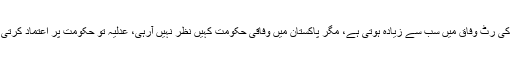
جسٹس عظمت سعید نے اپنے ریمارکس میں کہا کہ ریاست کی رٹ وفاق میں سب سے زیادہ ہوتی ہے، مگر پاکستان میں وفاقی حکومت کہیں نظر نہیں آرہی، عدلیہ تو حکومت پر اعتماد کرتی ہے مگر حکومت شاید عدالت پر اعتبار کرنے کو تیار نہیں۔